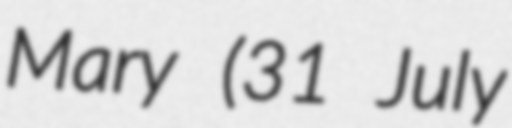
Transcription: Mary (31 July